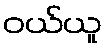
ဝယ်ယူ